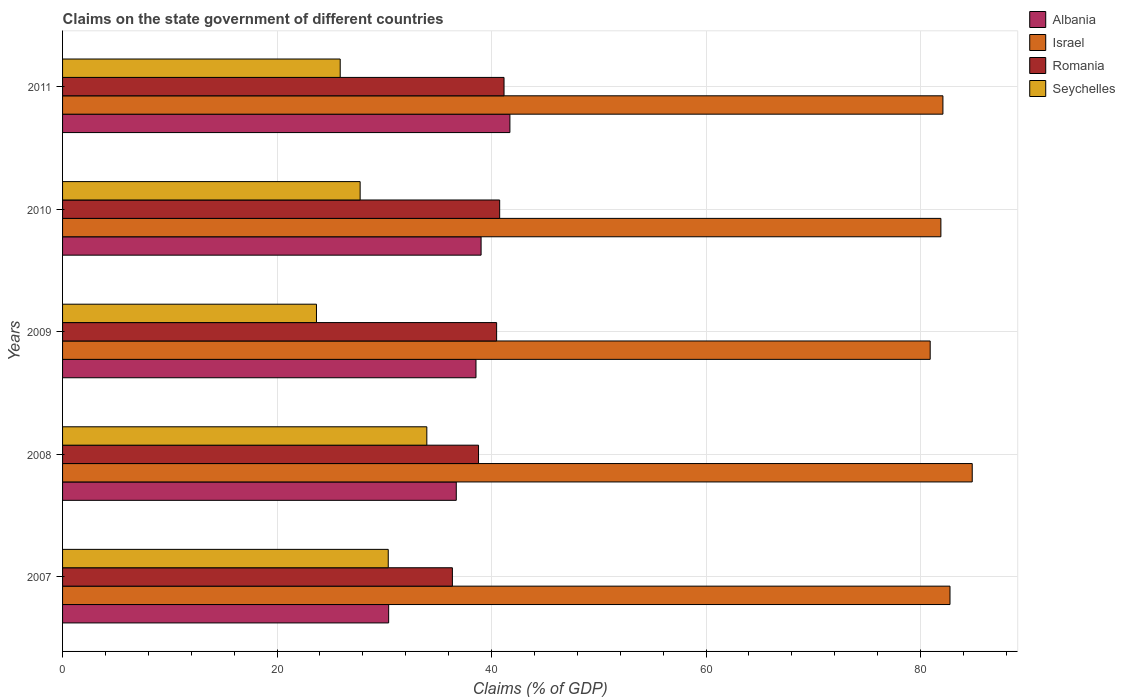
| Years | Albania | Israel | Romania | Seychelles |
 | --- | --- | --- | --- | --- |
 | 2007 | 30.4 | 82.7 | 36.3 | 30.4 |
 | 2008 | 36.7 | 84.8 | 38.8 | 34 |
 | 2009 | 38.5 | 80.9 | 40.5 | 23.7 |
 | 2010 | 39 | 81.9 | 40.8 | 27.7 |
 | 2011 | 41.7 | 82.1 | 41.2 | 25.9 |